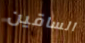
الساقين